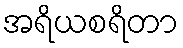
အရိယစရိတာ